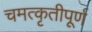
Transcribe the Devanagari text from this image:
चमत्कृतीपूर्ण